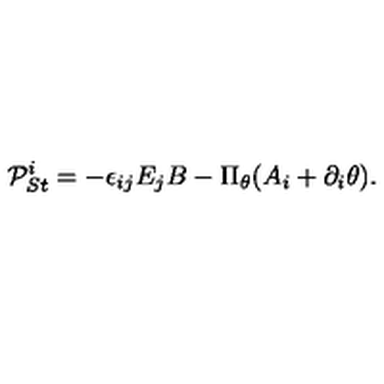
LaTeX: { \cal P } _ { S t } ^ { i } = - \epsilon _ { i j } E _ { j } B - \Pi _ { \theta } ( A _ { i } + \partial _ { i } \theta ) .